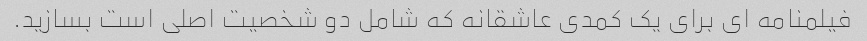
فیلمنامه ای برای یک کمدی عاشقانه که شامل دو شخصیت اصلی است بسازید.